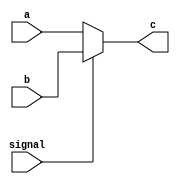
`timescale 1ns / 1ps
//////////////////////////////////////////////////////////////////////////////////
// Company: 
// Engineer: 
// 
// Design Name: 
// Module Name: Mux
// Project Name: 
// Target Devices: 
// Tool Versions: 
// Description: 
// 
// Dependencies: 
// 
// Revision:
// Revision 0.01 - File Created
// Additional Comments:
// 
//////////////////////////////////////////////////////////////////////////////////
module Mux1(
    input signal,
    input [31:0]a,b,
    output [31:0]c
    );
    assign c=signal?b:a;
endmodule

module Mux_RF_Write_addr(
    input RegDst,
    input [5:0]ins20_16,ins15_11,
    output [5:0]reg_write_addr
    );
    assign reg_write_addr=RegDst? ins15_11 : ins20_16;
        
endmodule

module Mux2(
    input [1:0]signal,
    input [31:0]a,b,c,
    output reg[31:0]d
    );
    always @* begin
        case (signal)
            2'b00: d=a;
            2'b01: d=32'd4;
            2'b10: d=b;
            default: d=c;
        endcase
    end
    
endmodule

module Mux_PC_to_Mem(
    input signal,
    input [31:0]pc,aluout,
    output [7:0]c
    );
    assign c=(~signal)?pc[9:2]:aluout[9:2];
endmodule

module Mux_ALU_to_PC(
    input [1:0]signal,
    input [31:0] pc_increment,aluout,jaddr,
    output reg [31:0] pc_result
);
    always @* begin
        case (signal)
            2'b00: pc_result=pc_increment;
            2'b01: pc_result=aluout;
            default: pc_result=jaddr;
        endcase
    end
endmodule